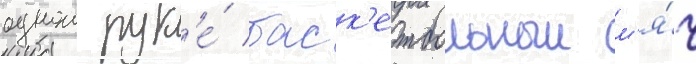
однои рук'е́ баск'етбольныи м'я́ч